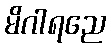
မိဂါရညေ